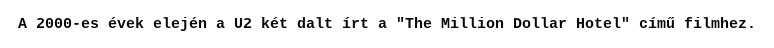
A 2000-es évek elején a U2 két dalt írt a "The Million Dollar Hotel" című filmhez.